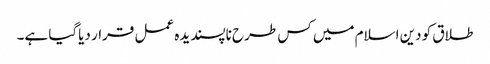
طلاق کو دین اسلام میں کس طرح ناپسندیدہ عمل قرار دیاگیا ہے۔